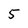
Character: 5